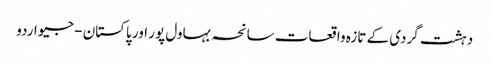
دہشت گردی کے تازہ واقعات سانحہ بہاول پور اور پاکستان - جیو اردو